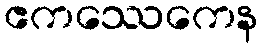
ဧကဿေကေန